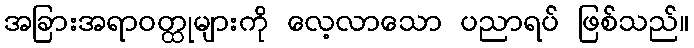
အခြားအရာဝတ္ထုများကို လေ့လာသော ပညာရပ် ဖြစ်သည်။